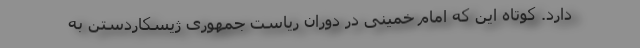
دارد. کوتاه این که امام خمینی در دوران ریاست جمهوری ژیسکاردستن به